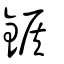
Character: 鍭